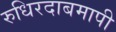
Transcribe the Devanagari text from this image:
रुधिरदाबमापी